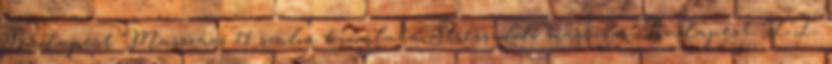
Budapest Masszázs 11 szalon kínálata Stresszoldó masszázs, Budapest, II.